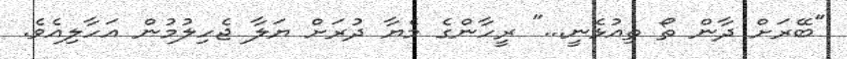
"ބޭރަށް ދާން ތޯ ތިއުޅެނީ..." ރީހާންގެ މެޔާ ދުރަށް ޔަލާ ޖެހިލުމުން އަހާލިއެވެ.